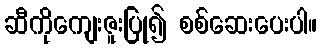
ဆီကိုကျေးဇူးပြု၍ စစ်ဆေးပေးပါ။